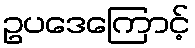
ဥပဒေကြောင့်